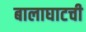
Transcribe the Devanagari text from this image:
बालाघाटची